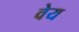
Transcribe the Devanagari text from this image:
वेय